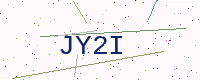
Text: JY2I